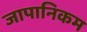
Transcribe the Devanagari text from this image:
जापानिकम